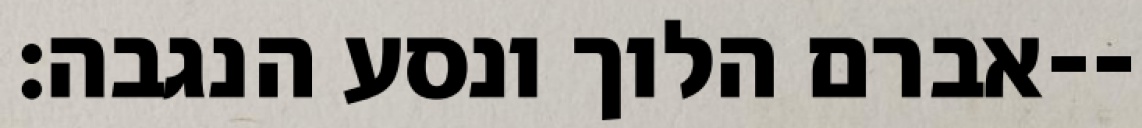
אברם הלוך ונסע הנגבה׃--